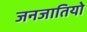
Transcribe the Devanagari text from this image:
जनजातियो